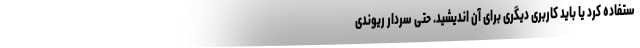
ستفاده کرد یا باید کاربری دیگری برای آن اندیشید. حتی سردار ریوندی